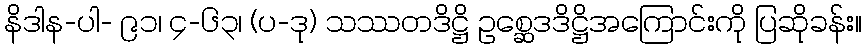
နိဒါန-ပါ- ၉၁၊ ၄-၆၃၊ (ပ-ဒု) သဿတဒိဋ္ဌိ ဥစ္ဆေဒဒိဋ္ဌိအကြောင်းကို ပြဆိုခန်း။